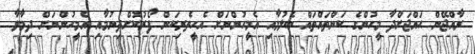
ރާއްޖޭން ޙައްޖަށްދާ މީހުންގެ ކަންތައްތައް ބެލުމާއި އެމީހުންނަށް އެހީތެރިކަން ފޯރުކޮށްދިނުމާއި އެމީހުންނަށް ދިމާވާ